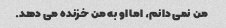
من نمی دانم، اما او به من خزنده می دهد.